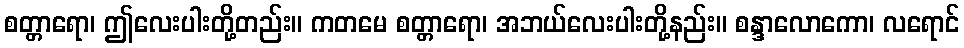
စတ္တာရော၊ ဤလေးပါးတို့တည်း။ ကတမေ စတ္တာရော၊ အဘယ်လေးပါးတို့နည်း။ စန္ဒာလောကော၊ လရောင်